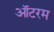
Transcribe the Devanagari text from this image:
ऑटरम